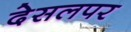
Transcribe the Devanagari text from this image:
देसलपर